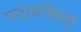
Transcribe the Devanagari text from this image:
पदावलियों